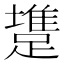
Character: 𨄟